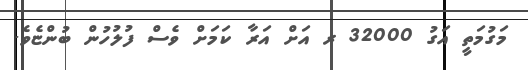
މަގުމަތީ އަގު 32000 ރ އަށް އަރާ ކަމަށް ވެސް ފުލުހުން ބުންޏެވެ.